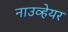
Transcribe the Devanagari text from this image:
नाउव्हेयर